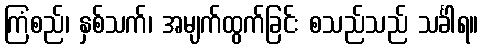
ကြံစည်၊ နှစ်သက်၊ အမျက်ထွက်ခြင်း စသည်သည် သင်္ခါရ။